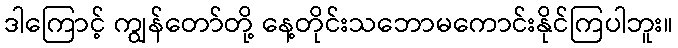
ဒါကြောင့် ကျွန်တော်တို့ နေ့တိုင်းသဘောမကောင်းနိုင်ကြပါဘူး။